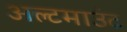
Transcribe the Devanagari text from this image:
अल्टमाउंट